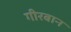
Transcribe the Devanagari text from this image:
गीरबान